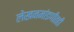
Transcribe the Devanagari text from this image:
लेखनमांडणीतही